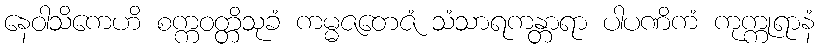
နေဝါသိကေဟိ စက္ကဝတ္တိသုခံ ကမ္မဇတေဇံ သံသာရကန္တာရာ ပါပဏိကံ ကုက္ကုရာနံ